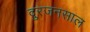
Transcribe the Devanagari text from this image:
दुरजनसाल